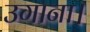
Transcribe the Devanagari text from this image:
उगाना।